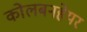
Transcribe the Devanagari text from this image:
कोलबनहेयर